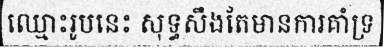
ឈ្មោះរូបនេះ សុទ្ធសឹងតែមានការគាំទ្រ